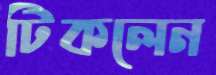
টিকলেন